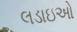
લડાઇઓ